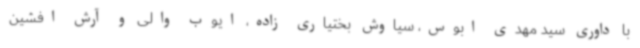
با داوری سید مهدی ابوس، سیاوش بختیاری زاده، ایوب والی و آرش افشین